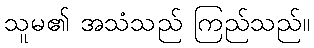
သူမ၏ အသံသည် ကြည်သည်။